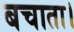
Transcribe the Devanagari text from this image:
बचाता।